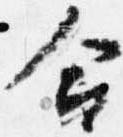
合